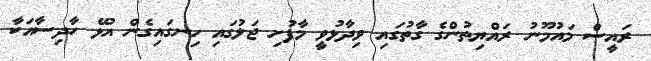
ރައީސް މައުމޫނު ރައްޔިތުންގެ ގާތުގައި ވިދާޅުވީ މާފުށި ޖަލުގައި ހިނގައިގެން އުޅޭ ހާދިސާއަކާ